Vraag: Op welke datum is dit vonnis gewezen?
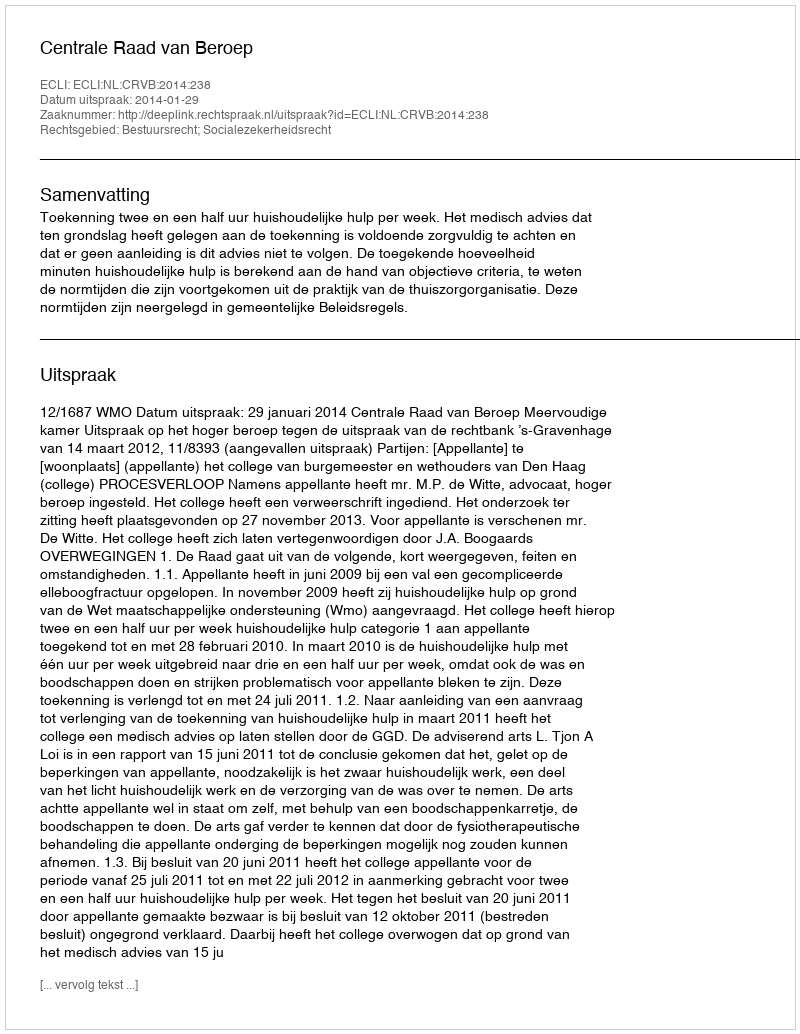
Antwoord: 2014-01-29